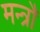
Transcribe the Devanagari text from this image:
मन्त्रौं